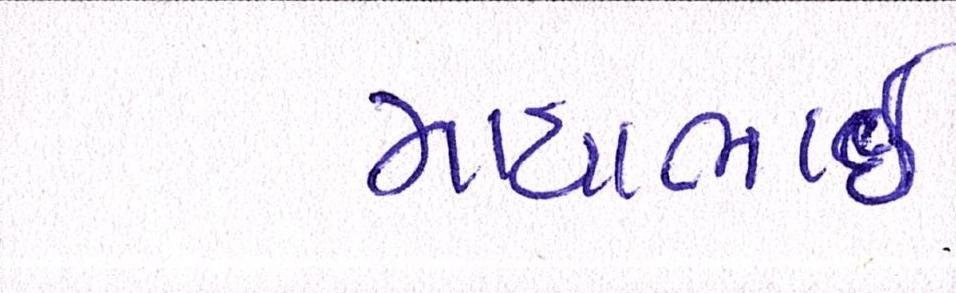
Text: માયાભાઇ